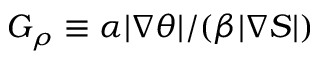
G _ { \rho } \equiv \alpha | \nabla \theta | / ( \beta | \nabla S | )